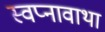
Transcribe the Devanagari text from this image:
स्वप्नावाथा